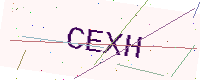
Text: CEXH